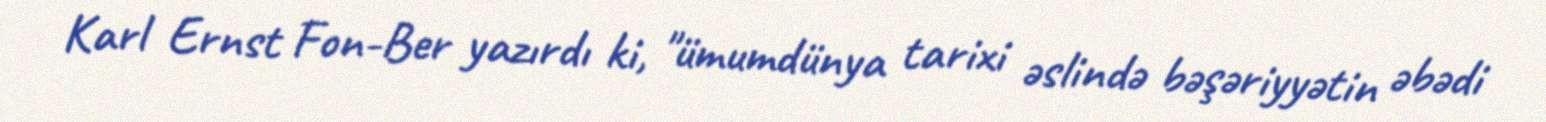
Karl Ernst Fon-Ber yazırdı ki, "ümumdünya tarixi əslində bəşəriyyətin əbədi